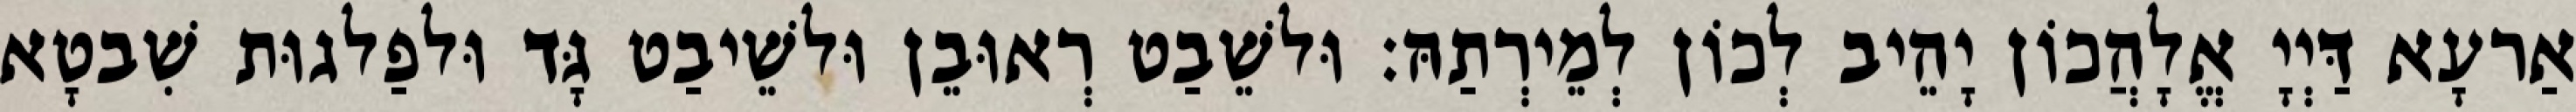
אַרעָא דַּיְיָ אֱלָהֲכוֹן יָהֵיב לְכוֹן לְמֵירְתַהּ׃ וּלשֵׁבַט רְאוּבֵן וּלשֵׁיבַט גָּד וּלפַלגוּת שִׁבטָא